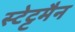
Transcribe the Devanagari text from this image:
स्टेट्टमैन